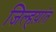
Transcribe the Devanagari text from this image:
जिल्हय़ांत